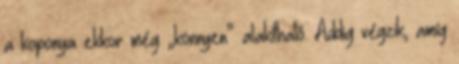
a koponya ekkor még „könnyen” alakítható. Addig végzik, amíg